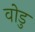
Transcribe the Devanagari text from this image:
वोडु